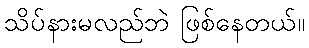
သိပ်နားမလည်ဘဲ ဖြစ်နေတယ်။